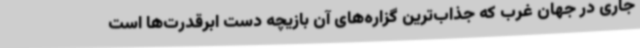
جاری در جهان غرب که جذاب‌ترین گزاره‌های آن بازیچه دست ابرقدرت‌ها است